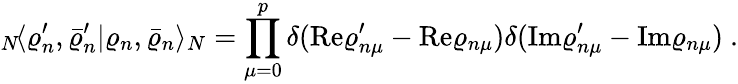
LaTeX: {}_{N}\! \langle\varrho_{n}^{\prime},\bar{\varrho}_{n}^{\prime}|\varrho_{n},\bar{\varrho}_{n}\rangle_{N}=\prod_{\mu=0}^{p}\delta(\mathrm{Re}\varrho_{n\mu}^{\prime}-\mathrm{Re}\varrho_{n\mu})\delta(\mathrm{Im}\varrho_{n\mu}^{\prime}-\mathrm{Im}\varrho_{n\mu})~.